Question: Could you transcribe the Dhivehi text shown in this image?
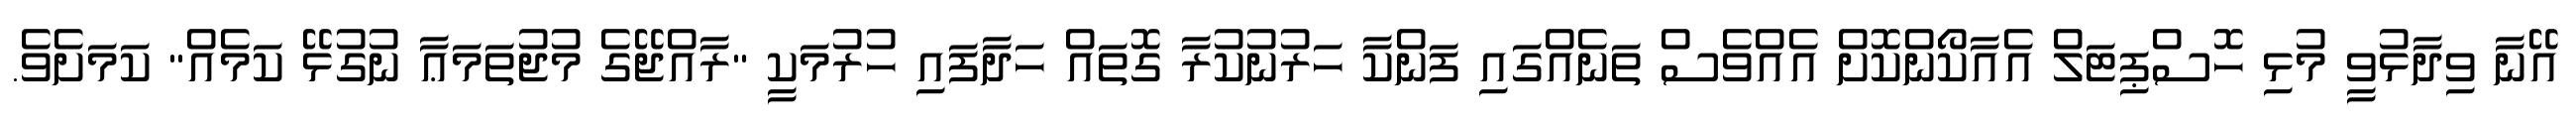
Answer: އޭނާ ވިދާޅުވީ މުޅި ހޮސްޕިޓަލް އެއާކޯންކޮށް އެއްވެސް ތަނެއްގައި ފަންކާ ހަރުނުކުރާ ގޮތައް ހަދާފައި ހުރުމަކީ "ރާއްޖޭގެ މުޖުތަމަޢާ ނުގުޅޭ ކަމެއް" ކަމަށެވެ.